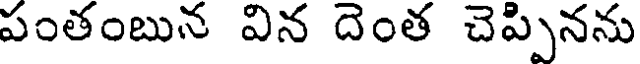
పంతంబున విన దెంత చెప్పినను